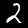
Digit: 2